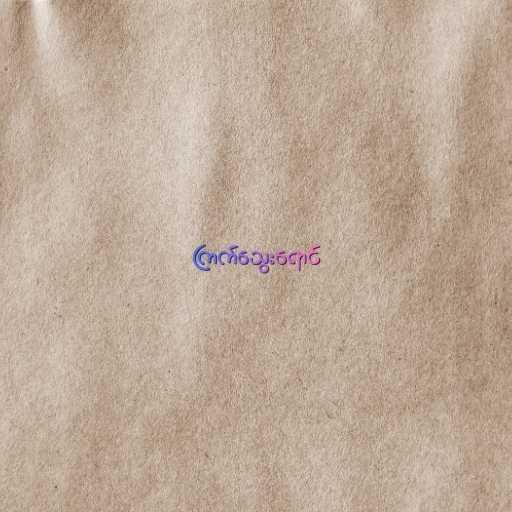
ကြက်သွေးရောင်